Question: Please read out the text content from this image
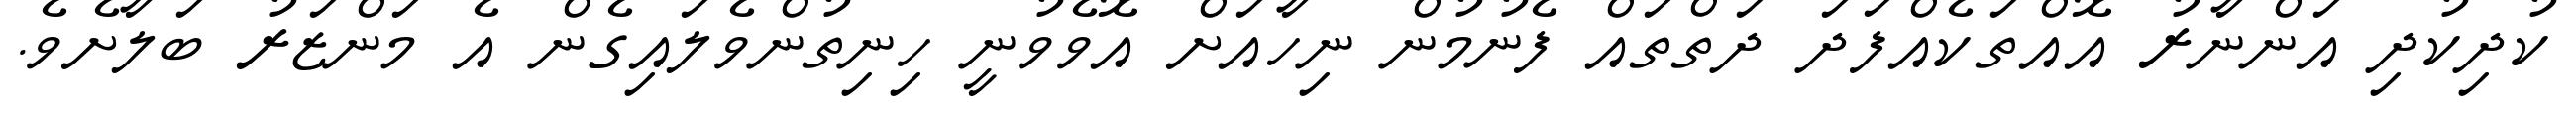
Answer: ކުދިކުދި އަންނާރު އޮއްތަކެއްފަދަ ދަތްތައް ފެނުމުން ނިހާއަށް އޮވެވުނީ ހިނިތުންވެލައިގެން އެ މަންޒަރު ބަލާށެވެ.